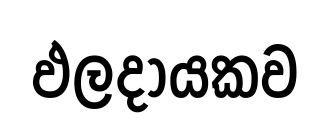
ඵලදායකව